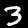
Label: 3